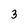
Character: 3